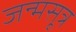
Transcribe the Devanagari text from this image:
जन्मसूत्र